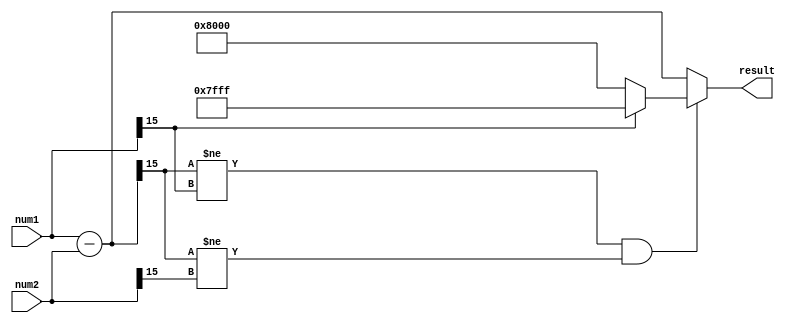
module fixed_point_subtractor (
    input wire [15:0] num1, // fixed-point number 1
    input wire [15:0] num2, // fixed-point number 2
    output reg [15:0] result // fixed-point result
);

reg [15:0] intermediate_result;

initial begin
    intermediate_result = num1 - num2; // perform the subtraction operation
    if (intermediate_result[15] != num1[15] && intermediate_result[15] != num2[15]) begin
        // handle overflow by saturating the result
        if (num1[15] == 1) begin
            result = 16'b0111111111111111; // maximum positive value
        end else begin
            result = 16'b1000000000000000; // minimum negative value
        end
    end else begin
        result = intermediate_result;
    end
end

endmodule